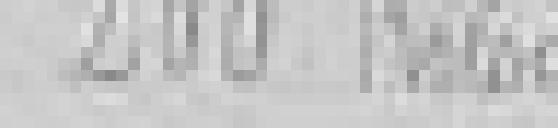
200 kilogrammes